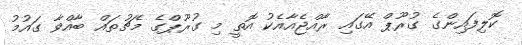
ކޮލިފައިންގެ ގުރޫޕް އޭގައި ރާއްޖެއާއެކު އޮތީ މި ގުރޫޕްގެ މެޗުތައް ބާއްވާ ގައުމު